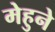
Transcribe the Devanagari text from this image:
मेहुने